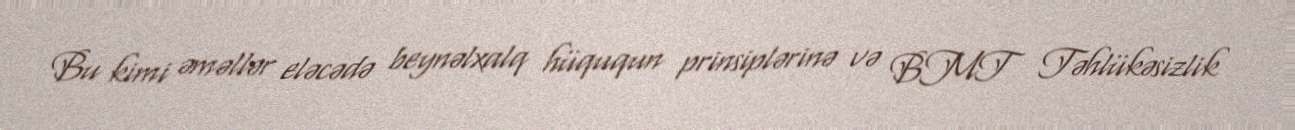
Bu kimi əməllər eləcədə beynəlxalq hüququn prinsiplərinə və BMT Təhlükəsizlik